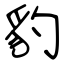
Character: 豹